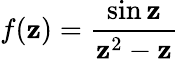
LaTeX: f(\mathbf{z})={\frac{{\sin\mathbf{z}}}{{\mathbf{z}^{2}-\mathbf{z}}}}